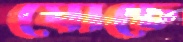
ঘোচে